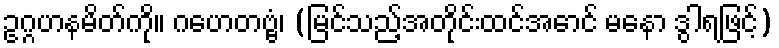
ဥဂ္ဂဟနမိတ်ကို။ ဂဟေတဗ္ဗံ၊ (မြင်သည့်အတိုင်းထင်အောင် မနော ဒွါရဖြင့်)